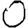
Digit: 0